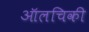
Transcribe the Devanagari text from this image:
ऑलचिकी